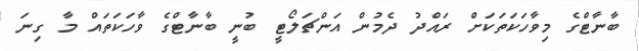
ބާނާޓްގެ މިވާހަކަތަކަށް ރައްދު ދެމުން އަންޗަލޯޓީ ބުނީ ބާނާޓްގެ ވާހަކަތައް މާ ގިނަ